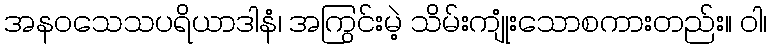
အနဝသေသပရိယာဒါနံ၊ အကြွင်းမဲ့ သိမ်းကျုံးသောစကားတည်း။ ဝါ၊